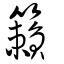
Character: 籟